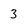
Character: 3